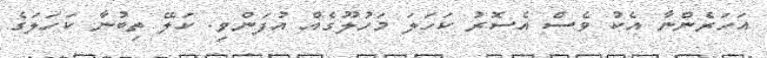
އަހަރެންނާ އެކު ވެސް އެސޮރު ކަހަލަ މަހުލޫގެއް އުފަންވި. ކަލޭ ތިބުނާ ކަހަލަގެ